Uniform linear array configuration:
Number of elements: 48
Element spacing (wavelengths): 0.25
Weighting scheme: exponential
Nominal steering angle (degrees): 45
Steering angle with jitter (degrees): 45.727
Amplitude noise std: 0.05
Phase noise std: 0.05

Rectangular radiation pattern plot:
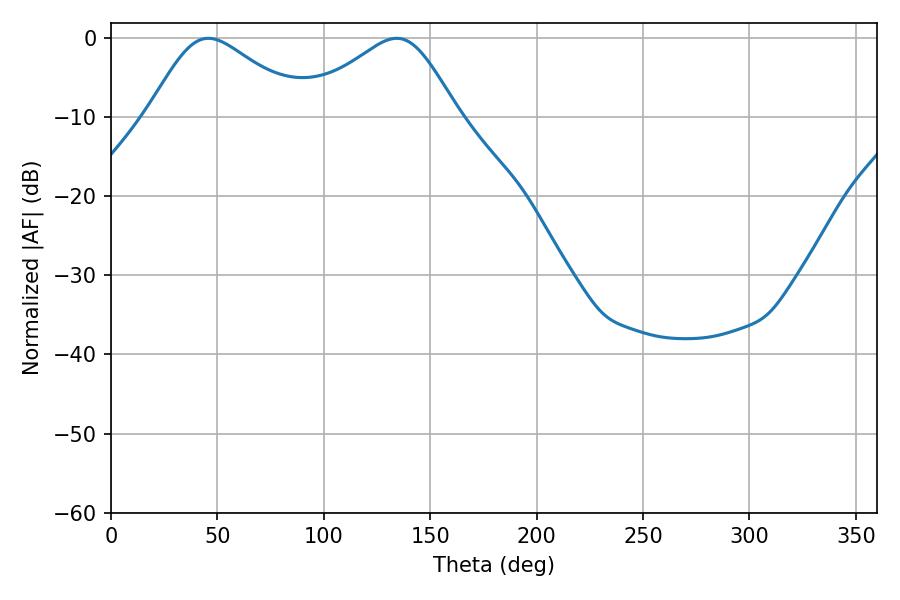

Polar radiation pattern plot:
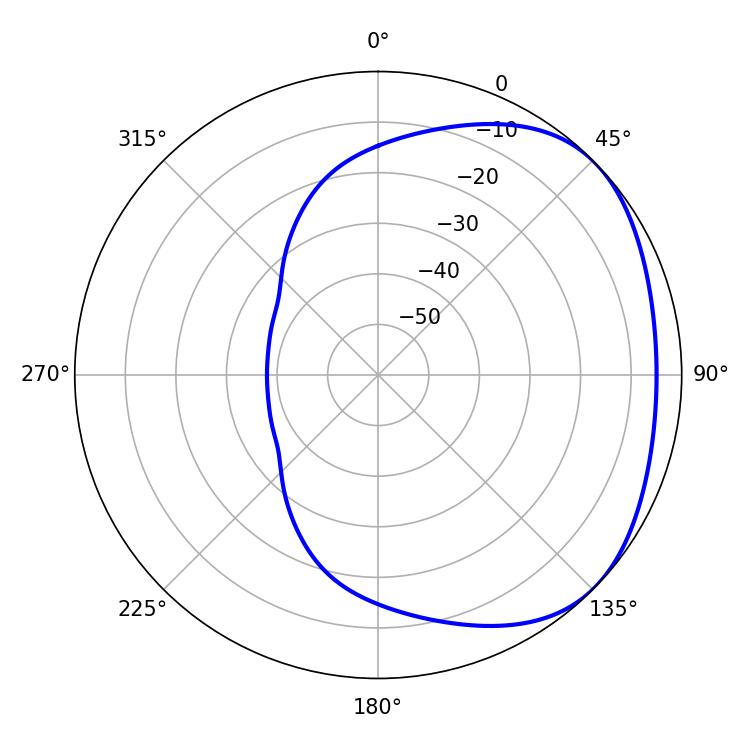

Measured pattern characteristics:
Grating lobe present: FALSE
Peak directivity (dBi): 2.624
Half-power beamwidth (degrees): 36.54
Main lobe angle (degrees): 45.72